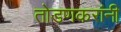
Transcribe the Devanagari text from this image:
तोडणकरांनी